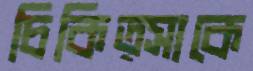
চিকিত্সাকে